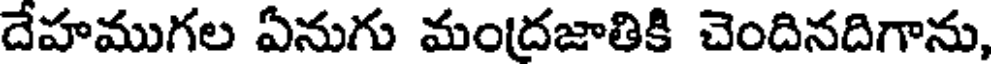
దేహముగల ఏనుగు మందజాతికి చెందినదిగాను,